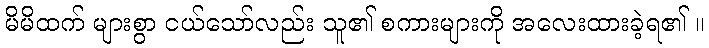
မိမိထက် များစွာ ငယ်သော်လည်း သူ၏ စကားများကို အလေးထားခဲ့ရ၏ ။